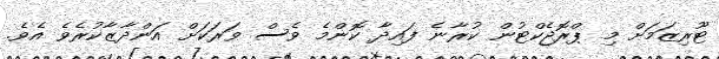
ޓޫރިޒަމަށް މި ޕްރޮޖެކްޓުން ކުރާނެ ފައިދާ ކޮންމެ ވެސް ވަރަކަށް އަންދާޒާކުރެވެ އެވެ.